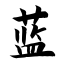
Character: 蓝